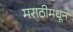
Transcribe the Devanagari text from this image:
मराठीमधून